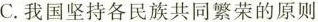
C.我国坚持各民族共同繁荣的原则